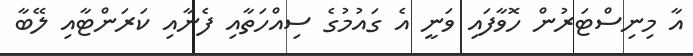
އާ މިނިސްޓަރުން ހޮވާފައި ވަނީ އެ ގައުމުގެ ސިއްހަތާއި ފެނާއި ކަރަންޓާއި ލޭބާ